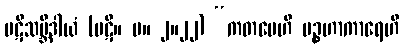
ပဋိသမ္ဘိဒါယံ (ပဋိ။ မ။ ၂။၂၂) “ကတမေဟိ ပဉ္စဟာကာရေဟိ